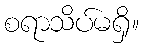
စရာသိပ်မရှိ။